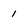
Character: 1